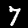
Label: 7